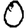
Digit: 0